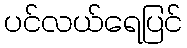
ပင်လယ်ရေပြင်